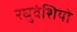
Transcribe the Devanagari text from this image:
रघुवंशियो